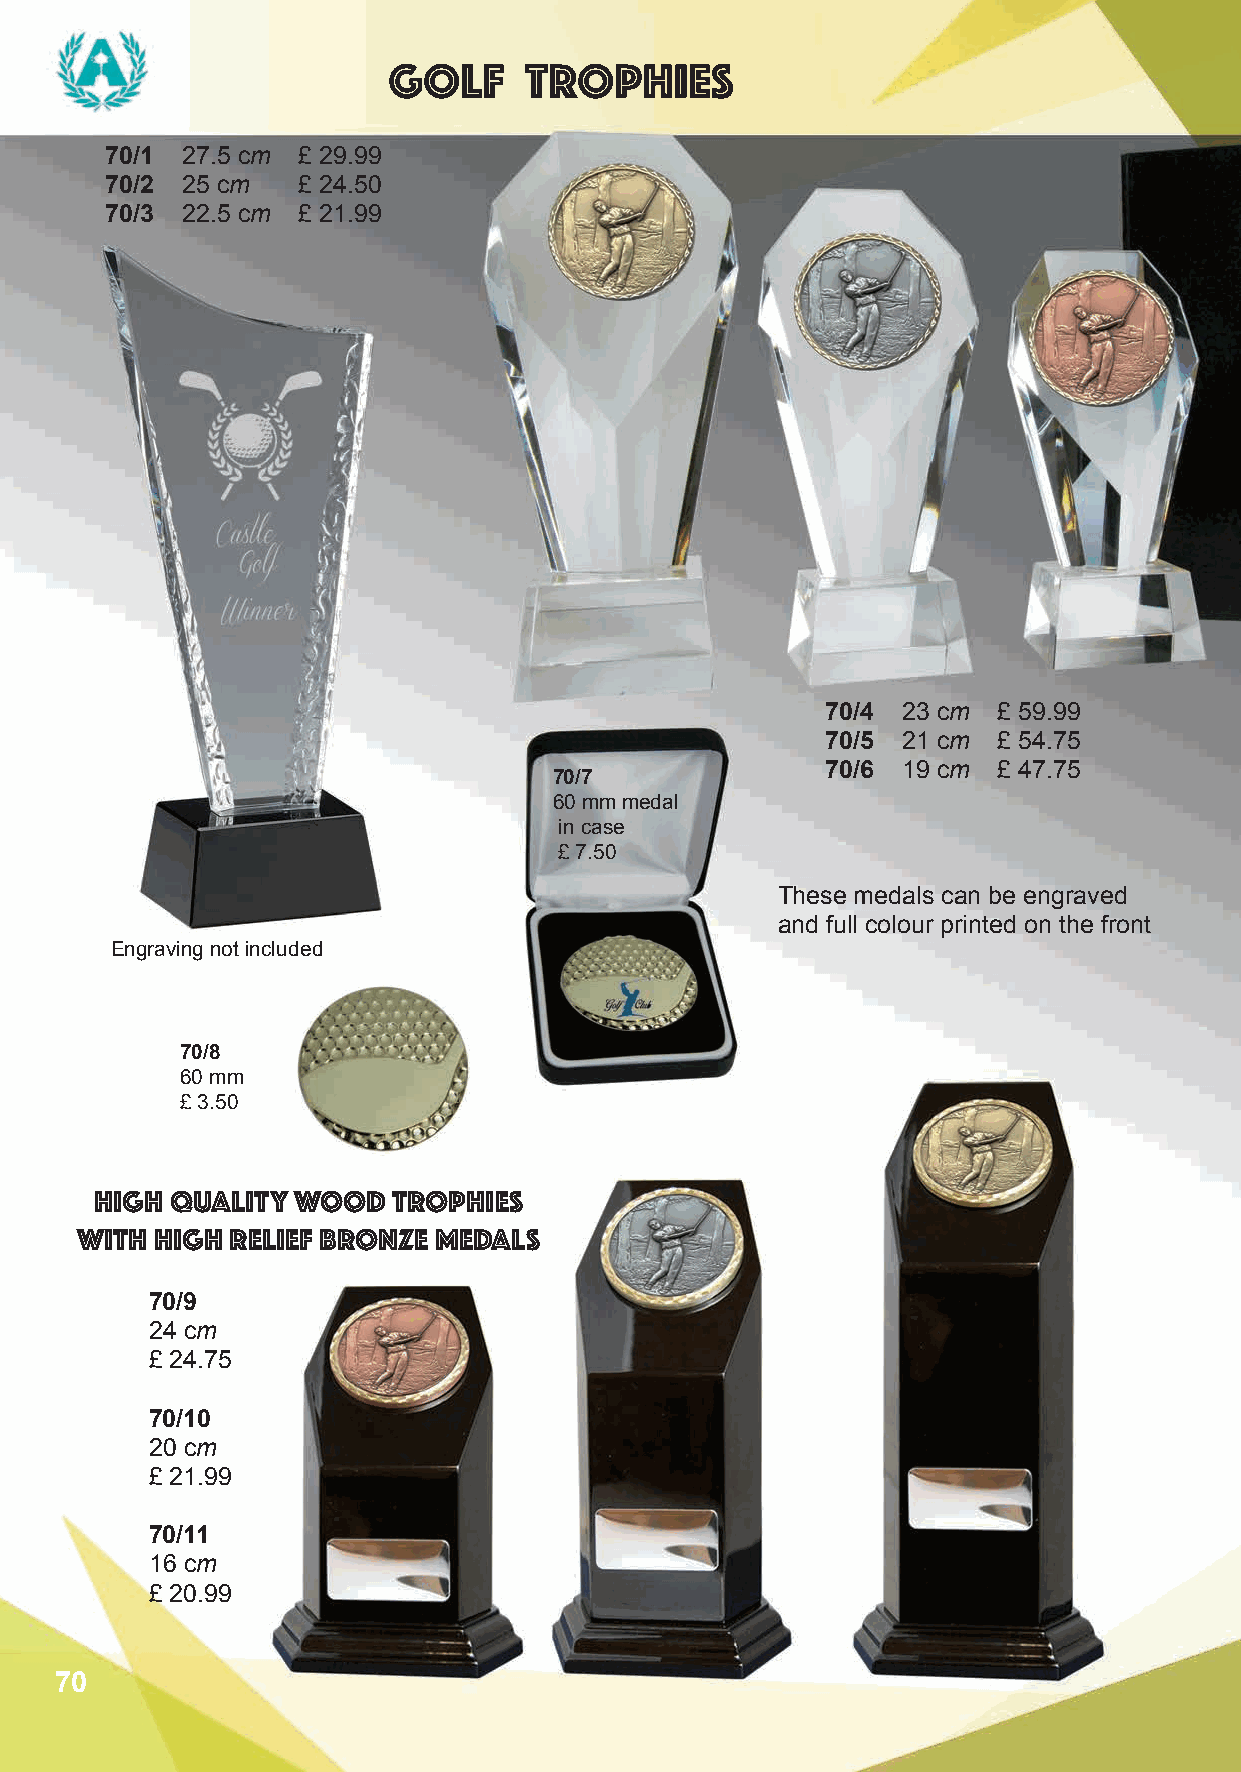
golf     trophies
 70/1 27.5 cm £ 29.99
 70/2 25 cm   £ 24.50
 70/3 22.5 cm £ 21.99
 70/4 23 cm £ 59.99
 70/5 21 cm £ 54.75
 70/6 19 cm £ 47.75
 70/7
 60 mm medal
 in case
 £ 7.50
 These medals can be engraved
 and full colour printed on the front
 Engraving not included
 70/8
 60 mm
 £ 3.50
 HIGH QUALITY WOOD   TROPHIES
 WITH HIGH RELIEF BRONZE MEDALS
 70/9
 24 cm
 £ 24.75
 70/10
 20 cm
 £ 21.99
 70/11
 16 cm
 £ 20.99
 70